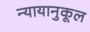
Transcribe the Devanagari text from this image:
न्यायानुकूल